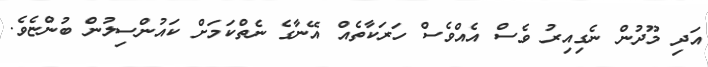
އަދި މޫދުން ނެގިއިރު ވެސް އެއްވެސް ހަރަކާތެއް އޭނާގެ ނެތްކަމަށް ކައުންސިލުން ބުންޏެވެ.